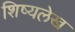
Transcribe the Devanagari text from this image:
शिष्यलेख